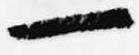
一